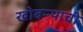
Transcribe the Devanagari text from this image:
खोबऱ्याची